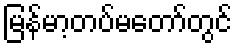
မြန်မာ့တပ်မတော်တွင်